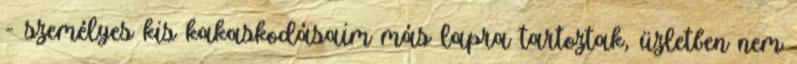
- személyes kis kakaskodásaim más lapra tartoztak, üzletben nem